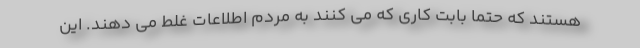
هستند که حتما بابت کاری که می کنند به مردم اطلاعات غلط می دهند. این